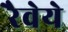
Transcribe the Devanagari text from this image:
रैवेये